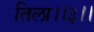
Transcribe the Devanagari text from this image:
तिला।।३।।